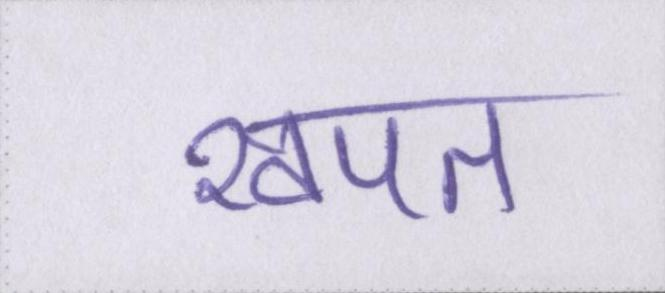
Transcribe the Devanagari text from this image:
खपत